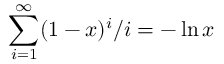
\sum _ { i = 1 } ^ { \infty } ( 1 - x ) ^ { i } / i = - \ln { x }